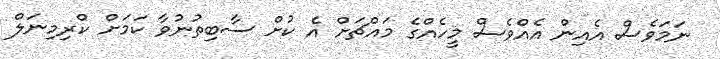
ނަމަވެސް އެއިން އެއްވެސް މީހެއްގެ މައްޗަށް އެ ކުށް ސާބިތުނުވާ ކަމަށް ކްރިމިނަލް